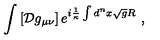
\int \left[ { \cal D } g _ { \mu \nu } \right] e ^ { i \frac { 1 } { \kappa } \int d ^ { n } x \sqrt { g } R } \ ,